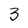
Character: 3